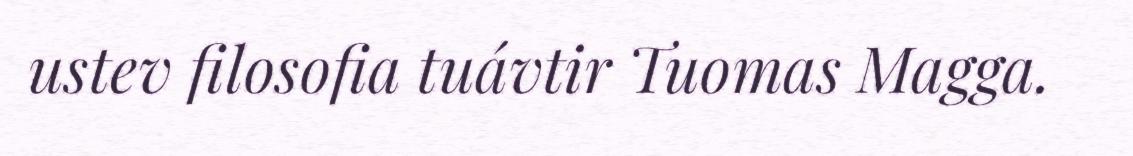
ustev filosofia tuávtir Tuomas Magga.